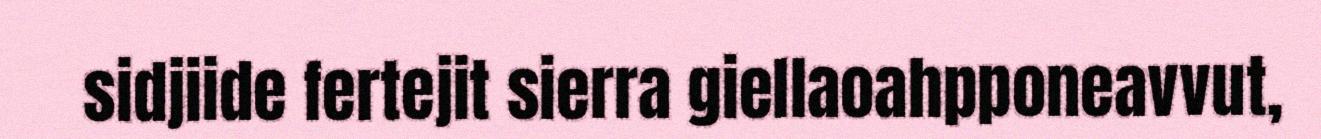
sidjiide fertejit sierra giellaoahpponeavvut,